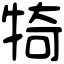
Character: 犄